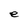
Character: e